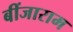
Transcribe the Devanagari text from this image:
बींजाराम